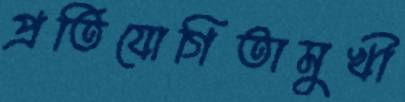
প্রতিযোগিতামুখী